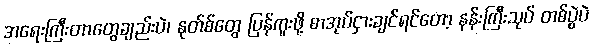
အရေးကြီးတာတွေချည်းပဲ၊ နုတ်စ်တွေ ပြန်ကူးဖို့ စာအုပ်ငှားချင်ရင်တော့ နန်းကြီးသုပ် တစ်ပွဲပဲ